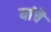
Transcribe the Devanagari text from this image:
यांचॆ